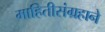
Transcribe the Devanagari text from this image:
माहितीसंग्रहाने